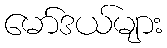
မော်ဒယ်များ